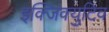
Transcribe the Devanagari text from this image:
इक्जिक्युटिव